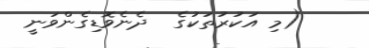
(މި އަކުރުތަކުގެ  ދެނެވޮޑިގެންވަނީ